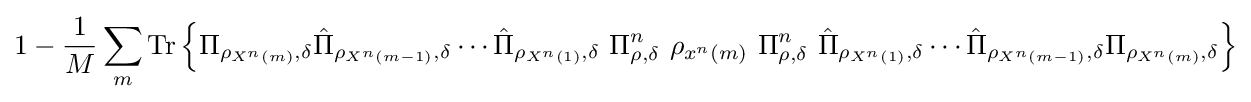
1-{\frac {1}{M}}\sum _{m}{\text{Tr}}\left\{\Pi _{\rho _{X^{n}\left(m\right)},\delta }{\hat {\Pi }}_{\rho _{X^{n}\left(m-1\right)},\delta }\cdots {\hat {\Pi }}_{\rho _{X^{n}\left(1\right)},\delta }\ \Pi _{\rho ,\delta }^{n}\ \rho _{x^{n}\left(m\right)}\ \Pi _{\rho ,\delta }^{n}\ {\hat {\Pi }}_{\rho _{X^{n}\left(1\right)},\delta }\cdots {\hat {\Pi }}_{\rho _{X^{n}\left(m-1\right)},\delta }\Pi _{\rho _{X^{n}\left(m\right)},\delta }\right\}